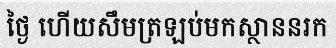
ថ្ងៃ ហើយសឹមត្រឡប់មកស្ថាននរក